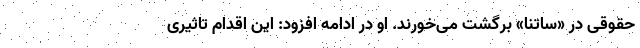
حقوقی در «ساتنا» برگشت می‌خورند. او در ادامه افزود: این اقدام تاثیری